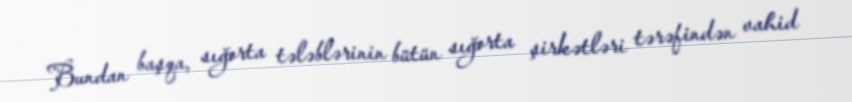
Bundan başqa, sığorta tələblərinin bütün sığorta şirkətləri tərəfindən vahid